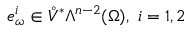
e _ { \omega } ^ { i } \in \mathring { V } ^ { \ast } \Lambda ^ { n - 2 } ( \Omega ) , \ i = 1 , 2